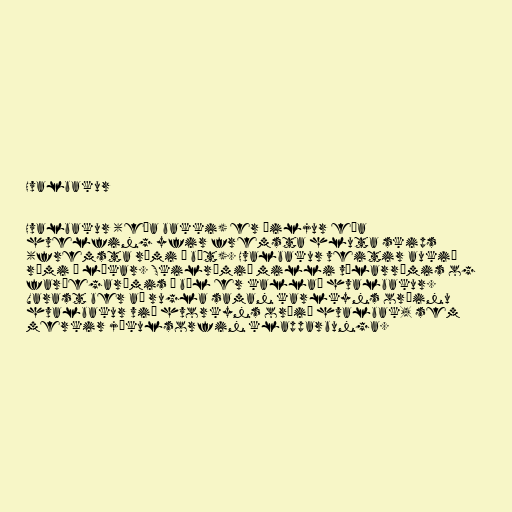
Hvalbakur

Hvalbakur (eða bakki) er þiljur eða
hvelfing yfir fremsta hluta skips
(fremsta rúmi í bát). Hvalbakur veitir aukið
rými í lúkar. Skilrúmið milli vélarrýmis og
farþegarýmis í bíl er kallað hvalbakur.
Varast ber að rugla saman karlkyns orðinu
hvalbakur við hvorkyns orðið hvalbak, sem
merkir jökulsorfin klapparbunga.